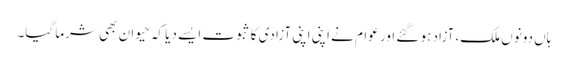
ہاں دونوں ملک، آزاد ہو گئے اور عوام نے اپنی اپنی آزادی کا ثبوت ایسے دیا کہ حیوان بھی شرما گیا۔